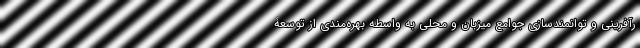
رآفرینی و توانمندسازی جوامع میزبان و محلی به واسطه بهره‌مندی از توسعۀ